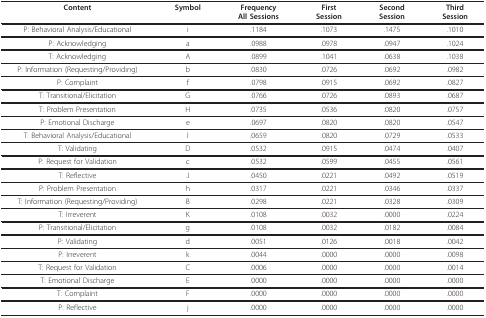
<table><thead><tr><td><b>Content</b></td><td><b>Symbol</b></td><td><b>FrequencyAll Sessions</b></td><td><b>FirstSession</b></td><td><b>SecondSession</b></td><td><b>ThirdSession</b></td></tr></thead><tbody><tr><td>P: Behavioral Analysis/Educational</td><td>i</td><td>.1184</td><td>.1073</td><td>.1475</td><td>.1010</td></tr><tr><td>P: Acknowledging</td><td>a</td><td>.0988</td><td>.0978</td><td>.0947</td><td>.1024</td></tr><tr><td>T: Acknowledging</td><td>A</td><td>.0899</td><td>.1041</td><td>.0638</td><td>.1038</td></tr><tr><td>P: Information (Requesting/Providing)</td><td>b</td><td>.0830</td><td>.0726</td><td>.0692</td><td>.0982</td></tr><tr><td>P: Complaint</td><td>f</td><td>.0798</td><td>.0915</td><td>.0692</td><td>.0827</td></tr><tr><td>T: Transitional/Elicitation</td><td>G</td><td>.0766</td><td>.0726</td><td>.0893</td><td>.0687</td></tr><tr><td>T: Problem Presentation</td><td>H</td><td>.0735</td><td>.0536</td><td>.0820</td><td>.0757</td></tr><tr><td>P: Emotional Discharge</td><td>e</td><td>.0697</td><td>.0820</td><td>.0820</td><td>.0547</td></tr><tr><td>T: Behavioral Analysis/Educational</td><td>I</td><td>.0659</td><td>.0820</td><td>.0729</td><td>.0533</td></tr><tr><td>T: Validating</td><td>D</td><td>.0532</td><td>.0915</td><td>.0474</td><td>.0407</td></tr><tr><td>P: Request for Validation</td><td>c</td><td>.0532</td><td>.0599</td><td>.0455</td><td>.0561</td></tr><tr><td>T: Reflective</td><td>J</td><td>.0450</td><td>.0221</td><td>.0492</td><td>.0519</td></tr><tr><td>P: Problem Presentation</td><td>h</td><td>.0317</td><td>.0221</td><td>.0346</td><td>.0337</td></tr><tr><td>T: Information (Requesting/Providing)</td><td>B</td><td>.0298</td><td>.0221</td><td>.0328</td><td>.0309</td></tr><tr><td>T: Irreverent</td><td>K</td><td>.0108</td><td>.0032</td><td>.0000</td><td>.0224</td></tr><tr><td>P: Transitional/Elicitation</td><td>g</td><td>.0108</td><td>.0032</td><td>.0182</td><td>.0084</td></tr><tr><td>P: Validating</td><td>d</td><td>.0051</td><td>.0126</td><td>.0018</td><td>.0042</td></tr><tr><td>P: Irreverent</td><td>k</td><td>.0044</td><td>.0000</td><td>.0000</td><td>.0098</td></tr><tr><td>T: Request for Validation</td><td>C</td><td>.0006</td><td>.0000</td><td>.0000</td><td>.0014</td></tr><tr><td>T: Emotional Discharge</td><td>E</td><td>.0000</td><td>.0000</td><td>.0000</td><td>.0000</td></tr><tr><td>T: Complaint</td><td>F</td><td>.0000</td><td>.0000</td><td>.0000</td><td>.0000</td></tr><tr><td>P: Reflective</td><td>j</td><td>.0000</td><td>.0000</td><td>.0000</td><td>.0000</td></tr></tbody></table>